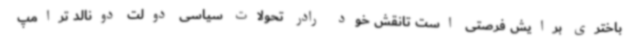
باختری برایش فرصتی است تانقش خود رادر تحولات سیاسی دولت دونالد ترامپ